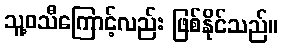
သူ့ဝသီကြောင့်လည်း ဖြစ်နိုင်သည်။